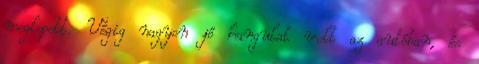
meglepett. Végig nagyon jó hangulat volt az autóban, és